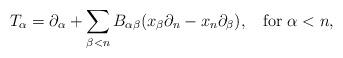
LaTeX: \begin{align*}T_\alpha = \partial_{\alpha} + \sum_{\beta < n} B_{\alpha \beta} (x_{\beta}\partial_{n}-x_{n}\partial_{\beta}), \;\; \mbox{ for } \alpha < n,\end{align*}